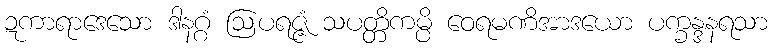
ဍကာရာဒေသော ဒါနဂ္ဂံ ဩပရဇ္ဇံ သပတ္တိကမ္ပိ ဝေရမဏိအာဒယော ပက္ခန္ဒနရသာ